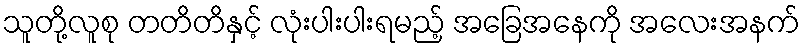
သူတို့လူစု တတိတိနှင့် လုံးပါးပါးရမည့် အခြေအနေကို အလေးအနက်